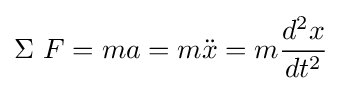
\Sigma \ F=ma=m{\ddot {x}}=m{\frac {d^{2}x}{dt^{2}}}